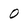
Character: O